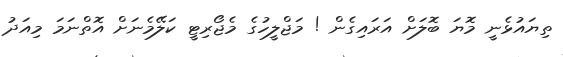
ތިޔައުޅެނީ މޮޔަ ބޮލަށް އަރައިގެން ! މަޖްލީހުގެ މެޖޯރިޓީ ކަލޭމެނަށް އޮތްނަމަ މިއަދު